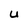
Character: U